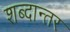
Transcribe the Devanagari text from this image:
शब्दान्तर